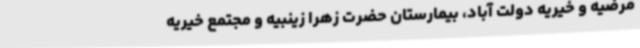
مرضیه و خیریه دولت آباد، بیمارستان حضرت زهرا زینبیه و مجتمع خیریه